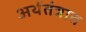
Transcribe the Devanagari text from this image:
अर्थतंत्रात